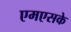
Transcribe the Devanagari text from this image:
एमएसके